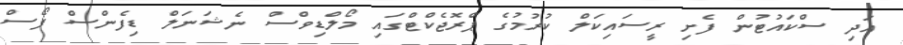
އަދި ސްކައުޓުން ފެށި ރީސައިކަލް ކުރުމުގެ ޕްރޮޖެކްޓްގައި މޯލްޑިވްސް ނެޝަނަލް ޑިފެންސް ފޯސް